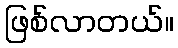
ဖြစ်လာတယ်။